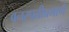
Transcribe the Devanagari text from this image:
वनस्पतीप्रमाणे